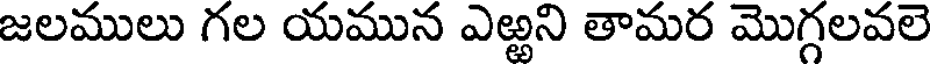
జలములు గల యమున ఎఱ్ఱని తామర మొగ్గలవలె